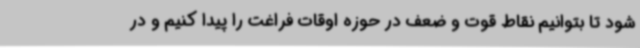
شود تا بتوانیم نقاط قوت و ضعف در حوزه اوقات فراغت را پیدا کنیم و در